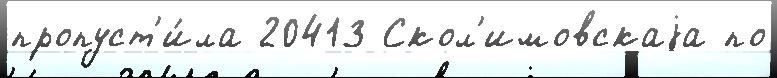
пропуст'и́ла 20413 Скол'имовскаjа по